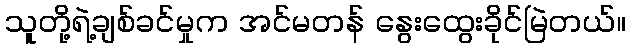
သူတို့ရဲ့ချစ်ခင်မှုက အင်မတန် နွေးထွေးခိုင်မြဲတယ်။